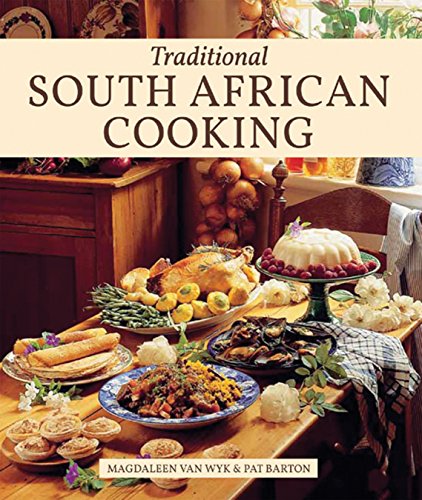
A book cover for Traditional South African Cookbook; Pat Barton; Cookbooks, Food & Wine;